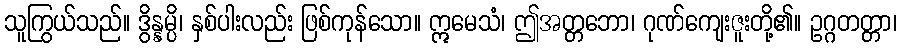
သူကြွယ်သည်။ ဒွိန္နမ္ပိ၊ နှစ်ပါးလည်း ဖြစ်ကုန်သော။ ဣမေသံ၊ ဤအတ္တဘော၊ ဂုဏ်ကျေးဇူးတို့၏။ ဥဂ္ဂတတ္တာ၊